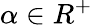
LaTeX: \alpha\in R^{+}